Senior Leaving Certificate Examination (including Day School Certificate (Higher) General paper), 1947
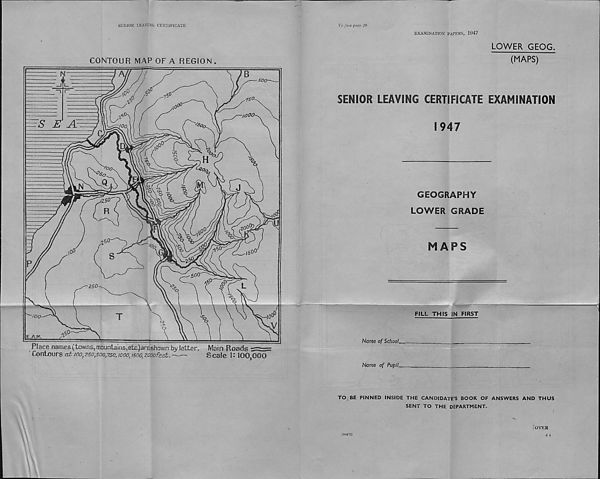
SENIOR LEAVING CERTIFICATE
CONTOUR MAP OF A REGION.
Place names (lawns, mountains,etc^areshown by letter.
Main Roads
' Contours at /oo, 250,500,750, mo, 1500, zooofeet.
Scale S ‘ I00 ? 000
To face page 20
EXAMINATION PAPERS, 1947
LOWER GEOG
(MAPS)
SENIOR LEAVING CERTIFICATE EXAMINATION
1947
GEOGRAPHY
LOWER GRADE
MAPS
FILL THIS IN FIRST
Nome of School.
Name of Pupil.
TO BE PINNED INSIDE THE CANDIDATE’S BOOK OF ANSWERS AND THUS
SENT TO THE DEPARTMENT.
Foyer
A 4
,(80472)